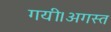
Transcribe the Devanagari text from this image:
गयी।अगस्त